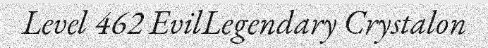
Level 462 EvilLegendary Crystalon